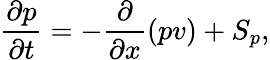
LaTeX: \frac{\partial p}{\partial t}=-\frac{\partial}{\partial x}(pv)+S_{p},